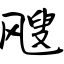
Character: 飕